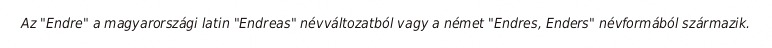
Az "Endre" a magyarországi latin "Endreas" névváltozatból vagy a német "Endres, Enders" névformából származik.